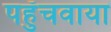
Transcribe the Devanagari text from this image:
पहुँचवाया